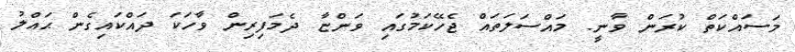
މަސައްކަތް ކުރަން ވާނީ. މައްސަލަތައް ޖެހޭކަމުގައި ވަންޏާ ދެމަފިރިން ވާހަކަ ދައްކައިގެން ޙައްލު